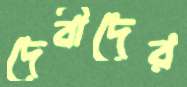
দেবীদের